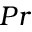
P r